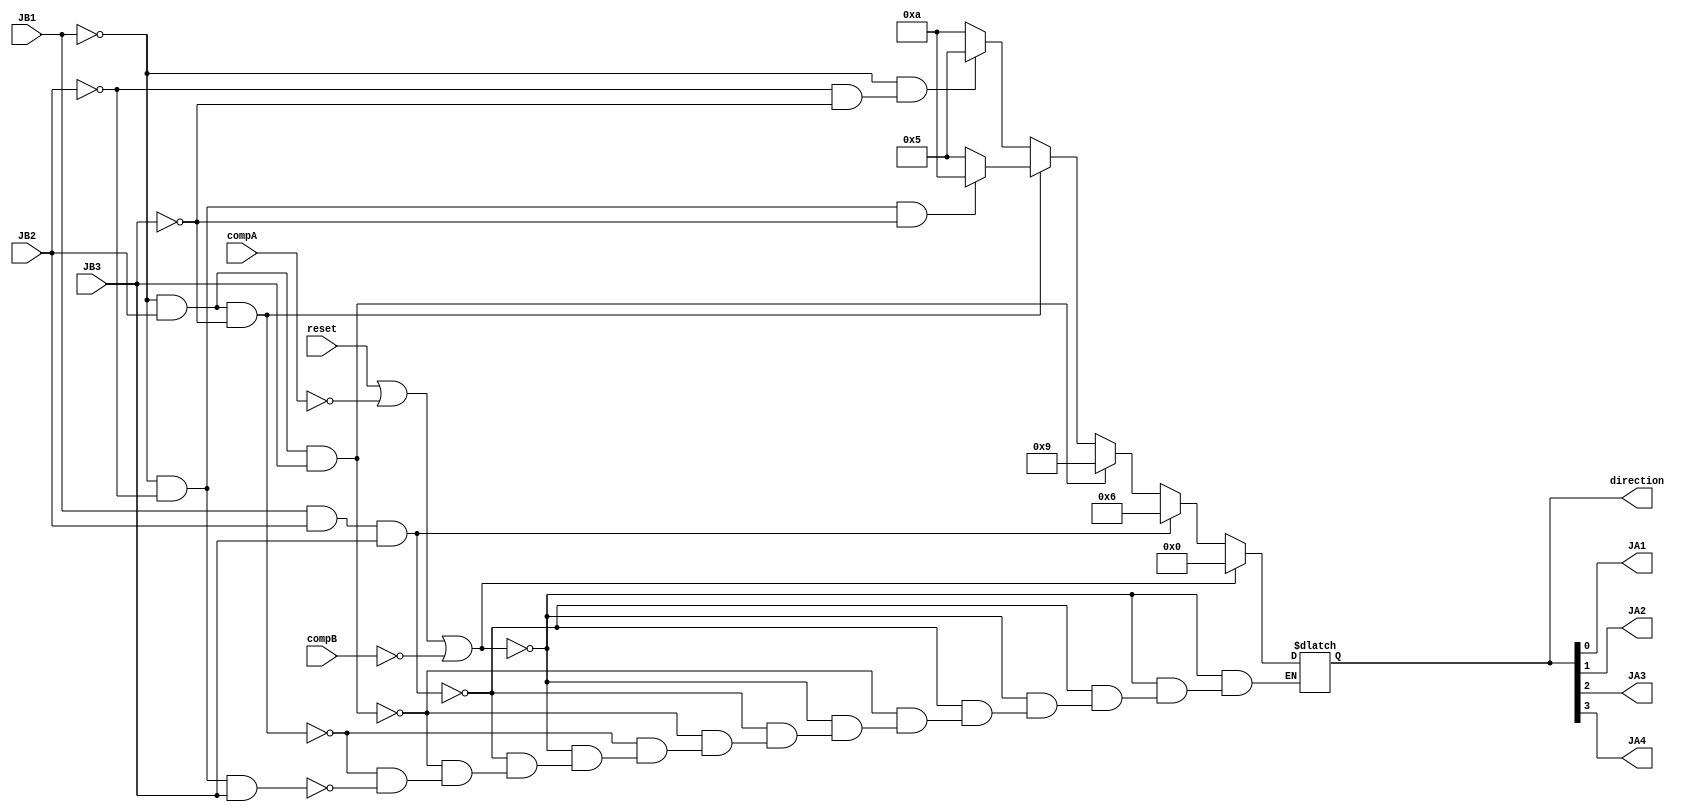
`timescale 1ns / 1ps
//////////////////////////////////////////////////////////////////////////////////
// Company: 
// Engineer: 
// 
// Design Name: 
// Module Name: Nano_project_MotorDriver
// Project Name: 
// Target Devices: 
// Tool Versions: 
// Description: 
// 
// Dependencies: 
// 
// Revision:
// Revision 0.01 - File Created
// Additional Comments:
// 
//////////////////////////////////////////////////////////////////////////////////


module Pico_project_MotorDriver(

    input reset,
	input compA, compB, JB1, JB2, JB3,
	output reg [3:0] direction,
    output JA1, JA2, JA3, JA4
    );
		//-------------STATE DECODING----------------------------------		
        localparam stop = 4'b0000;
		localparam forward = 4'b0001;
		localparam backward = 4'b0010;
		localparam right = 4'b0100;
		localparam left = 4'b1000;
	//------------------STATE ENCODING----------------------------------	
		localparam stop_control = 4'b0000;
		localparam forward_control = 4'b1001; 
		localparam backward_control = 4'b0110;
		localparam right_control = 4'b0101;
		localparam left_control = 4'b1010;
		
//-------------PARAMETER INITIALIZATION------------------------
        initial begin
			direction = stop_control;
			
        end
//----------CHANGE DETECTION BASED CONTROL-----------------------------------
        always @ (*) begin
            if(reset || compA == 0 || compB == 0) begin
                direction = stop_control;
                end
            else begin
            if (JB1 && JB2 && JB3) // If no sensor detection, go back
            direction = backward_control;
       
            else if (!JB1 && JB2 && JB3) // If only the middle sensor is activated, go forward
            direction = forward_control;
            
            else if (!JB1 && JB2 && !JB3)begin // if turning right
                if( !JB1 && !JB2 && !JB3) // if while turning right, a left sensor is detected, turn left (90 degree turn).
                direction = left_control;
                else
                direction = right_control; // else keep turning right
            end
            
            else if (!JB1 && !JB2 && JB3) begin // if turning left
                if (!JB1 && !JB2 & !JB3) // if while turning left, a right sensor is detected, turn right (90 degrees)
                direction = right_control;
                else
                direction = left_control; // else keep turning left
            end
		  end
        end

//---------FINAL OUTPUT ASSIGNMENTS-----------------------------------------

	//set control bits to value of control switches
	assign JA1 = direction[0];
	assign JA2 = direction[1];
	assign JA3 = direction[2];
	assign JA4 = direction[3];
	
endmodule